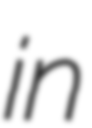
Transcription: in